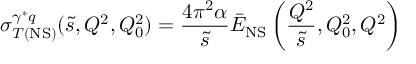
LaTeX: \sigma _ { T ( \mathrm { N S } ) } ^ { \gamma ^ { * } q } ( \tilde { s } , Q ^ { 2 } , Q _ { 0 } ^ { 2 } ) = \frac { 4 \pi ^ { 2 } \alpha } { \tilde { s } } \bar { E } _ { \mathrm { N S } } \left( \frac { Q ^ { 2 } } { \tilde { s } } , Q _ { 0 } ^ { 2 } , Q ^ { 2 } \right)